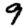
Digit: 9